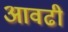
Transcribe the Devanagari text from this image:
आवढी